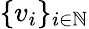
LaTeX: \{ v_{i}\} _{i\in\mathbb{N}}